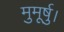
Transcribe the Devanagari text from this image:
मुमूर्षु।